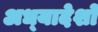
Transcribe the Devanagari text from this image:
अध्‍यादेशों